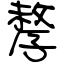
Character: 孷